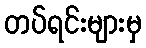
တပ်ရင်းများမှ